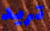
تريد